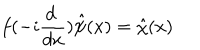
LaTeX: f ( - i \frac { d ~ } { d x } ) \hat { \psi } ( x ) = \hat { \chi } ( x )